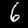
Digit: 6